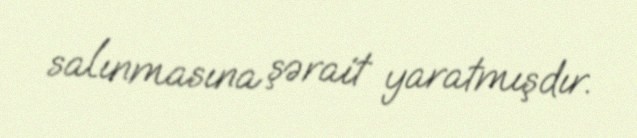
salınmasına şərait yaratmışdır.